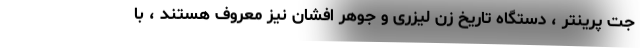
جت پرینتر ، دستگاه تاریخ زن لیزری و جوهر افشان نیز معروف هستند ، با